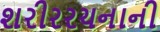
શરીરરચનાની